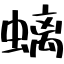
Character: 螭